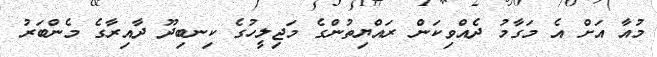
މުއާ އަށް އެ މަގާމު ދެެއްވިކަން ރައްޔިތުންގެ މަޖިލީހުގެ ކިނބިދޫ ދާއިރާގެ މެންބަރު